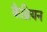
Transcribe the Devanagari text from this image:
कैब्रियन